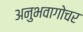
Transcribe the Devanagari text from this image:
अनुभवागोचर